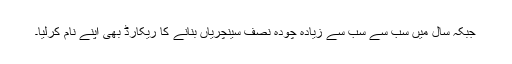
جبکہ سال میں سب سے سب سے زیادہ چودہ نصف سینچریاں بنانے کا ریکارڈ بھی اپنے نام کرلیا۔